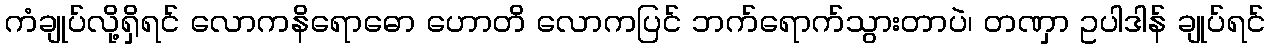
ကံချုပ်လို့ရှိရင် လောကနိရောဓော ဟောတိ လောကပြင် ဘက်ရောက်သွားတာပဲ၊ တဏှာ ဥပါဒါန် ချုပ်ရင်